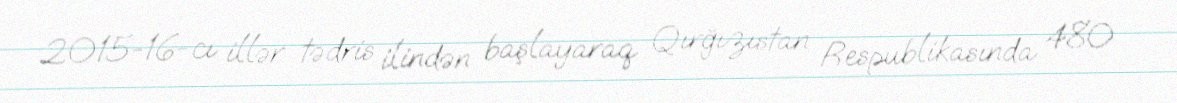
2015-16-cı illər tədris ilindən başlayaraq Qırğızıstan Respublikasında 480